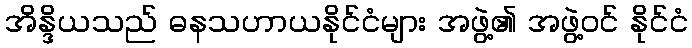
အိန္ဒိယသည် ဓနသဟာယနိုင်ငံများ အဖွဲ့၏ အဖွဲ့ဝင် နိုင်ငံ